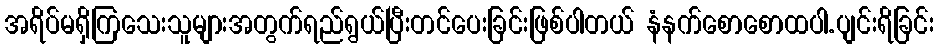
အရိပ်မရှိကြသေးသူများအတွက်ရည်ရွယ်ပြီးတင်ပေးခြင်းဖြစ်ပါတယ် နံနက်စောစောထပါ.ပျင်းရိခြင်း